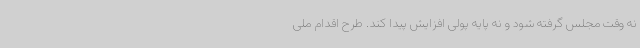
نه وقت مجلس گرفته شود و نه پایه پولی افزایش پیدا کند. طرح اقدام ملی